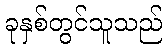
ခုနှစ်တွင်သူသည်